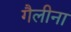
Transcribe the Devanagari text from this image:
गैलीना